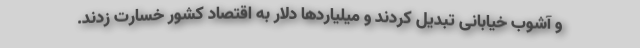
و آشوب خیابانی تبدیل کردند و میلیاردها دلار به اقتصاد کشور خسارت زدند.